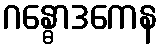
ဂန္ဓောဒကေန